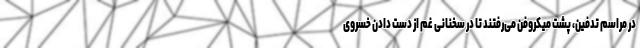
در مراسم تدفین، پشت میکروفن می‌رفتند تا در سخنانی غم از دست دادن خسروی